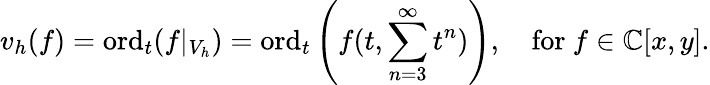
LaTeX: v_{h}(f)=\mathrm{ord}_{t}(f|_{V_{h}})=\mathrm{ord}_{t}\left(f(t,\sum_{n=3}^{\infty}t^{n})\right),\quad{\mathrm{for~}}f\in\mathbb{C}[x,y].